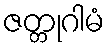
ဇတ္တုဂါမံ